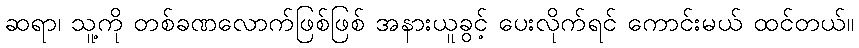
ဆရာ၊ သူ့ကို တစ်ခဏလောက်ဖြစ်ဖြစ် အနားယူခွင့် ပေးလိုက်ရင် ကောင်းမယ် ထင်တယ်။